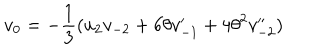
LaTeX: v _ { { 0 } } = - \frac { 1 } { 3 } ( u _ { 2 } v _ { - 2 } + 6 \theta v _ { - 1 } ^ { \prime } + 4 { \theta } ^ { 2 } v _ { - 2 } ^ { \prime \prime } )